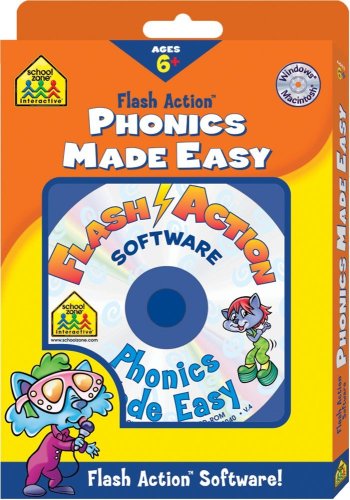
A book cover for Phonics Made Easy (Flash Action Software); School Zone Publishing Interactive Staff; Children's Books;